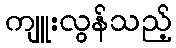
ကျူးလွန်သည့်